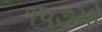
૧૫૭મો